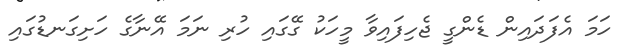
ހަމަ އެފަދައިން ޑެންގީ ޖެހިފައިވާ މީހަކު ގޭގައި ހުރި ނަމަ އޭނާގެ ހަށިގަނޑުގައި